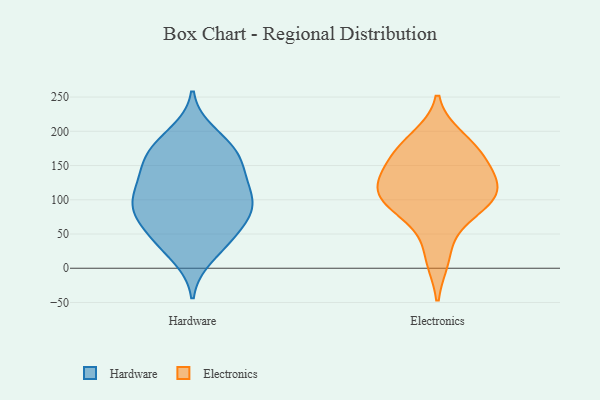
{"axis": {"x": "Churn Rate (%)", "y": "Value"}, "legend": ["Electronics", "Hardware"], "data": [{"x": "", "y": 104, "type": "Hardware"}, {"x": "", "y": 125, "type": "Hardware"}, {"x": "", "y": 47, "type": "Hardware"}, {"x": "", "y": 96, "type": "Hardware"}, {"x": "", "y": 42, "type": "Hardware"}, {"x": "", "y": 197, "type": "Hardware"}, {"x": "", "y": 17, "type": "Hardware"}, {"x": "", "y": 93, "type": "Hardware"}, {"x": "", "y": 136, "type": "Hardware"}, {"x": "", "y": 150, "type": "Hardware"}, {"x": "", "y": 74, "type": "Hardware"}, {"x": "", "y": 124, "type": "Hardware"}, {"x": "", "y": 36, "type": "Hardware"}, {"x": "", "y": 90, "type": "Hardware"}, {"x": "", "y": 167, "type": "Hardware"}, {"x": "", "y": 160, "type": "Hardware"}, {"x": "", "y": 82, "type": "Hardware"}, {"x": "", "y": 182, "type": "Hardware"}, {"x": "", "y": 174, "type": "Hardware"}, {"x": "", "y": 75, "type": "Hardware"}, {"x": "", "y": 72, "type": "Electronics"}, {"x": "", "y": 146, "type": "Electronics"}, {"x": "", "y": 15, "type": "Electronics"}, {"x": "", "y": 105, "type": "Electronics"}, {"x": "", "y": 120, "type": "Electronics"}, {"x": "", "y": 170, "type": "Electronics"}, {"x": "", "y": 168, "type": "Electronics"}, {"x": "", "y": 190, "type": "Electronics"}, {"x": "", "y": 125, "type": "Electronics"}, {"x": "", "y": 104, "type": "Electronics"}, {"x": "", "y": 97, "type": "Electronics"}]}